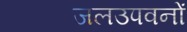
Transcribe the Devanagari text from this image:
जलउपवनों